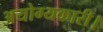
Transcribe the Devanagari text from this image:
अयोग्यकारी।